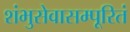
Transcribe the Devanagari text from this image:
शंभुसेवासम्पूरितं